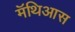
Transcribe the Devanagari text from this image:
मॅथिआस